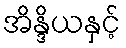
အိန္ဒိယနှင့်